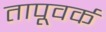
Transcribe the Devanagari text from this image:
तापूवर्क